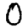
Digit: 0